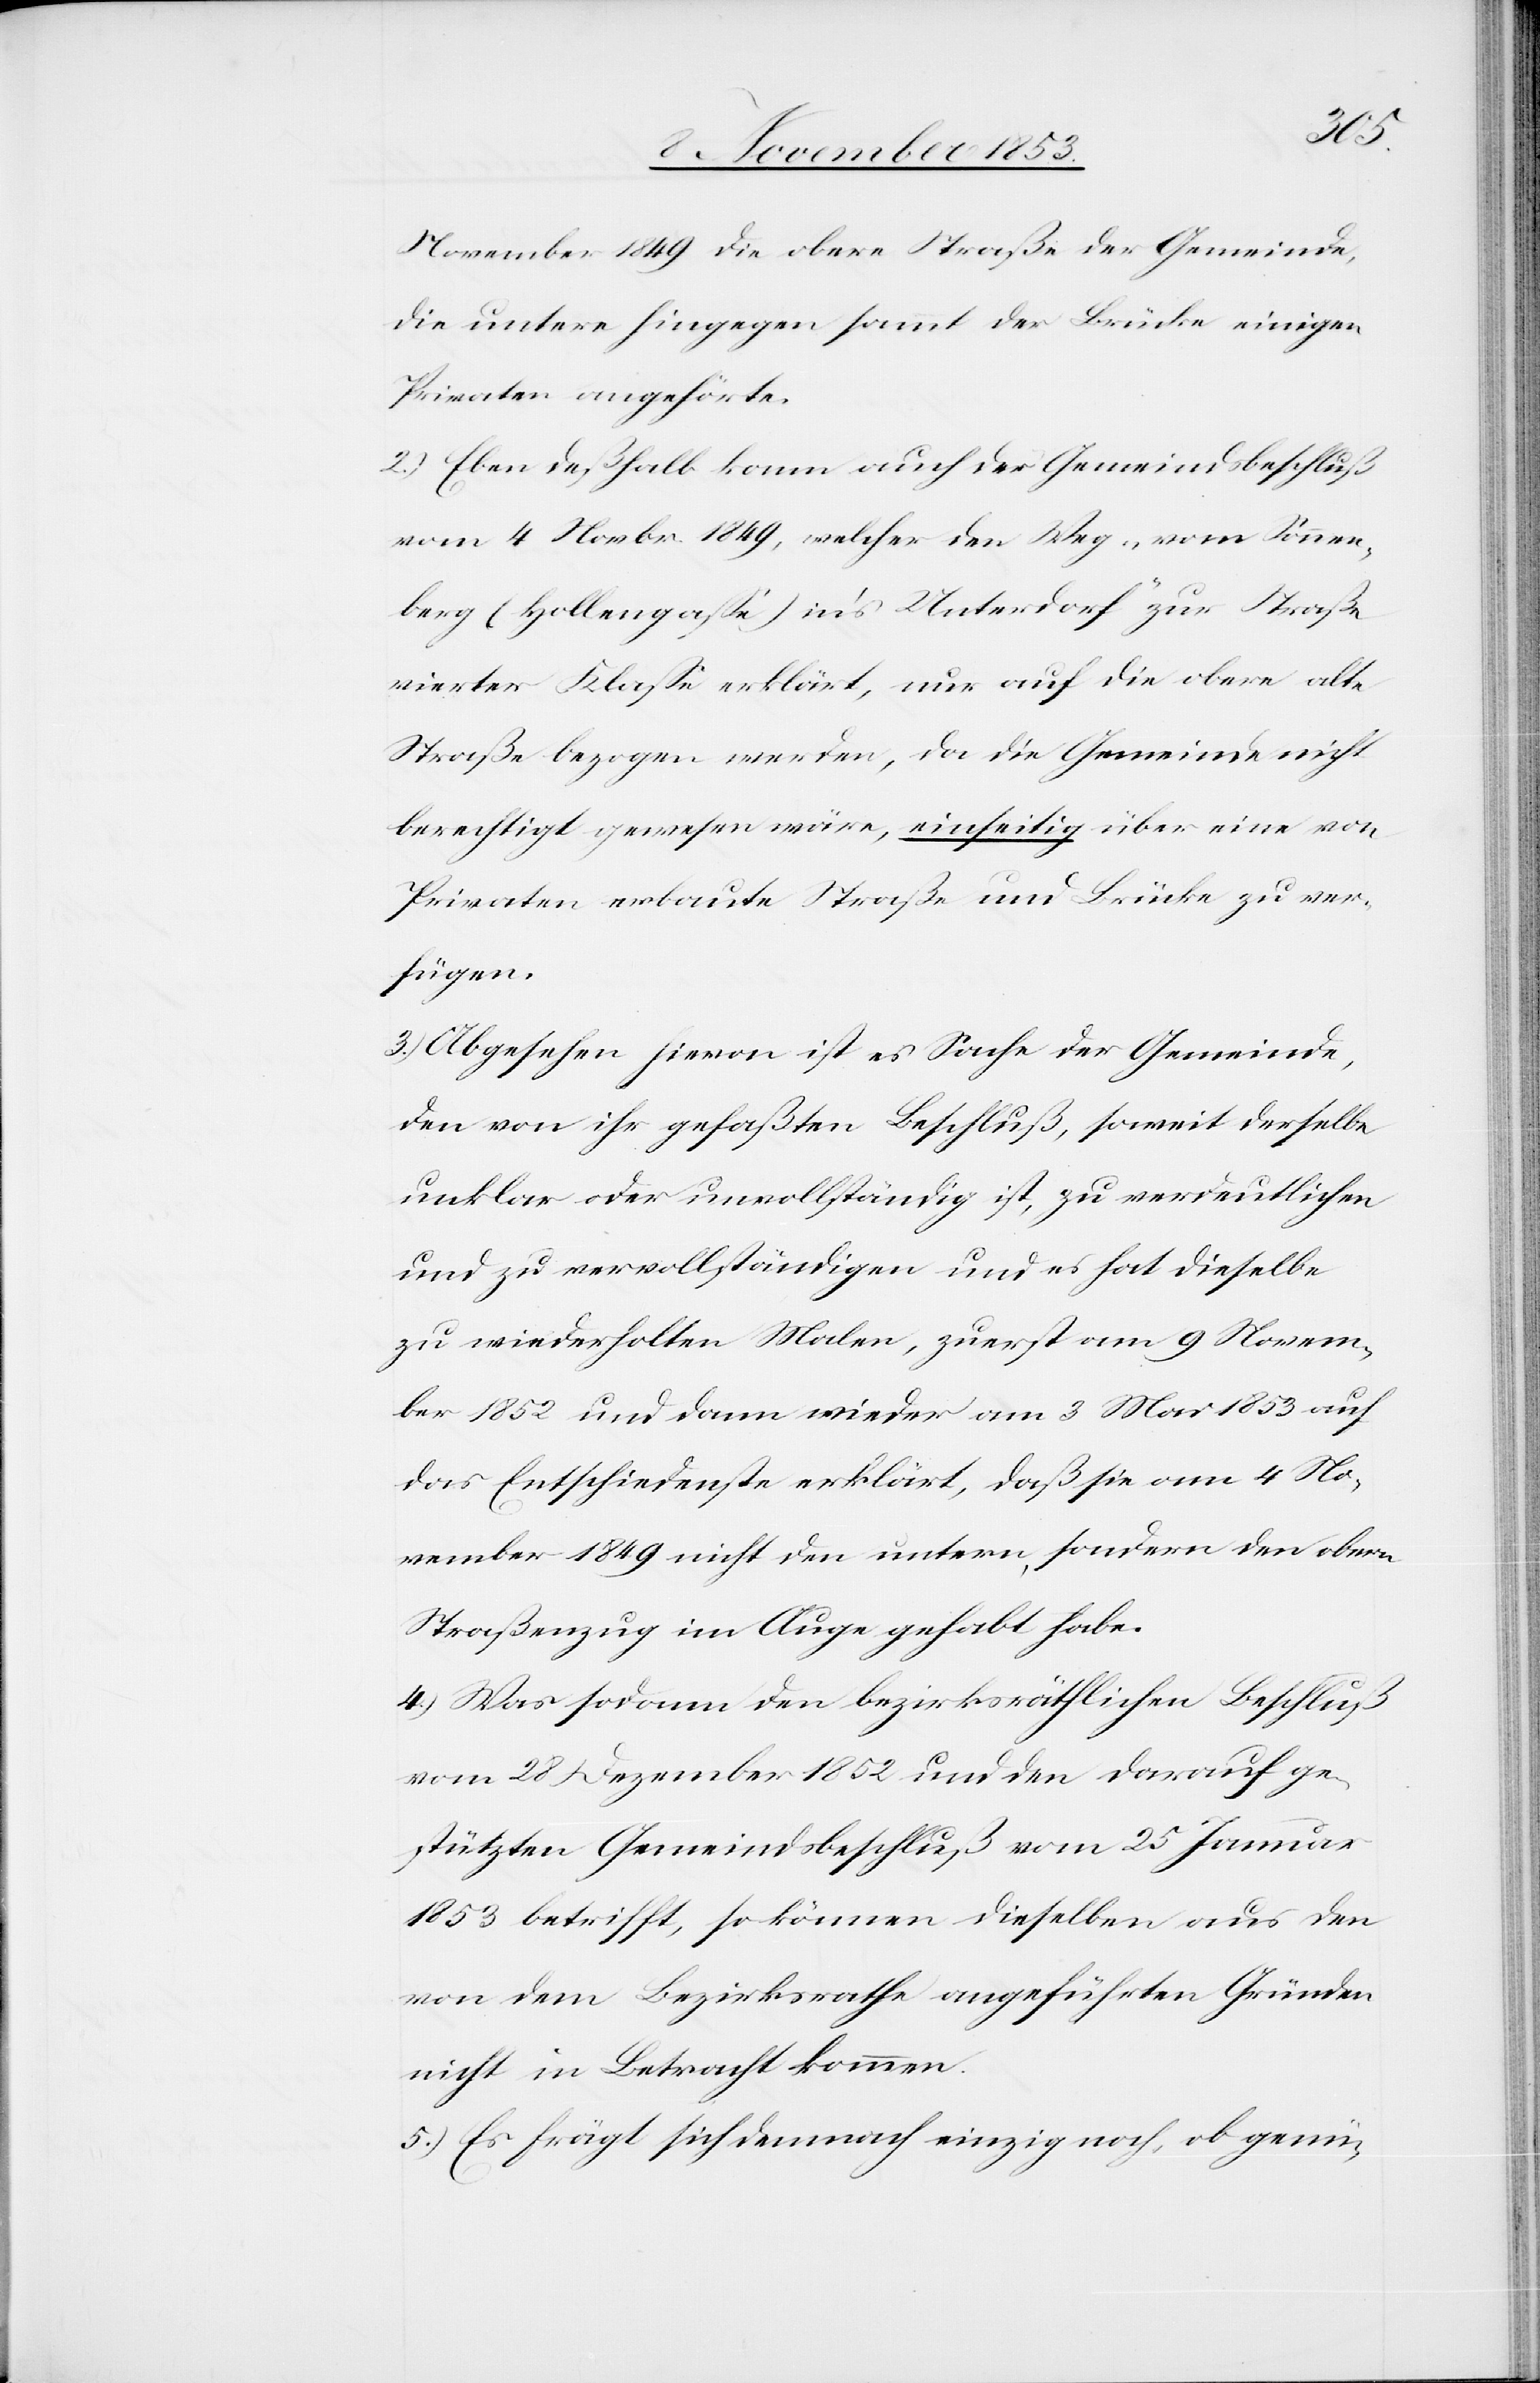
November 1849 die obere Straße der Gemeinde
die untere hingegen samt der Brücke einigen
Privaten angehörte.
2) Eben deßhalb kann auch der Gemeindsbeschluß
vom 4 Novbr 1849, welche den Weg „vom Sonnen¬
berg (Hohlengaße) in’s Unterdorf“ zur Straße
vierter Klaße erklärt, nur auf die obere alte
Straße bezogen werden, da die Gemeinde nicht
berechtigt gewesen wäre, einseitig über eine von
Privaten erbaute Straße und Brücke zu ver¬
fügen.
3) Abgesehen hievon ist es Sache der Gemeinde,
den von ihr gefaßten Beschluß, soweit derselbe
unklar oder unvollständig ist, zu verdeutlichen
und zu vervollständigen und es hat dieselbe
zu wiederholten Malen, zuerst am 9 Novem¬
ber 1852 und dann wieder am 3 Mai 1853 auf
das Entschiedenste erklärt, daß sie am 4 No¬
vember 1849 nicht den untern, sondern den obern
Straßenzug im Auge gehabt habe.
4) Was sodann den bezirksräthlichen Beschluß
vom 28 Dezember 1852 und den darauf ge¬
stützten Gemeindsbeschluß vom 25 Januar
1853 betrifft, so können dieselben aus den
von dem Bezirksrathe angeführten Gründen
nicht in Betracht kommen.
5) Es frägt sich dennoch einzig noch, ob genü-